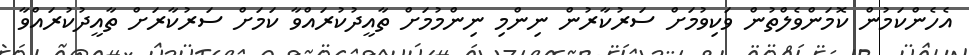
އެހެންކަމުން ކޮމަންވެލްތުން ވަކިވުމަށް ސަރުކާރުން ނިންމި ނިންމުމަށް ތާއީދުކުރައްވާ ކަމަށް ސަރުކާރަށް ތާއީދުކުރައްވާ